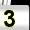
Digit: 3